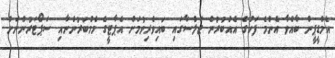
އެމްޑީޕީން ބާއްވާ އެންމެ ފަހުގެ އެއްބުރުން ޖަލްސާގައި ބައިވެރިވުމަށް އެޕާޓީގެ މެމްބަރުންނާއި ސަޕޯޓަރުންނަށް